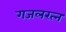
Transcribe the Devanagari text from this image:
गजलरत्‍न